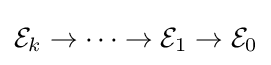
{\mathcal {E}}_{k}\to \cdots \to {\mathcal {E}}_{1}\to {\mathcal {E}}_{0}